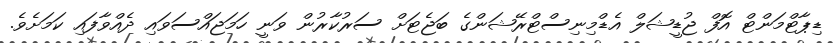
ޑިޕާޓްމަންޓް އޮފް ޖުޑީޝަލް އެޑްމިނިސްޓްރޭޝަންގެ ބަޖެޓަށް ސަރުކާރުން ވަނީ ހަމަޖައްސަވައި ދެއްވާފައި ކަމަށެވެ.